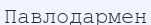
Павлодармен